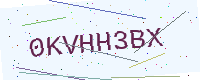
Text: 0KVHH3BX